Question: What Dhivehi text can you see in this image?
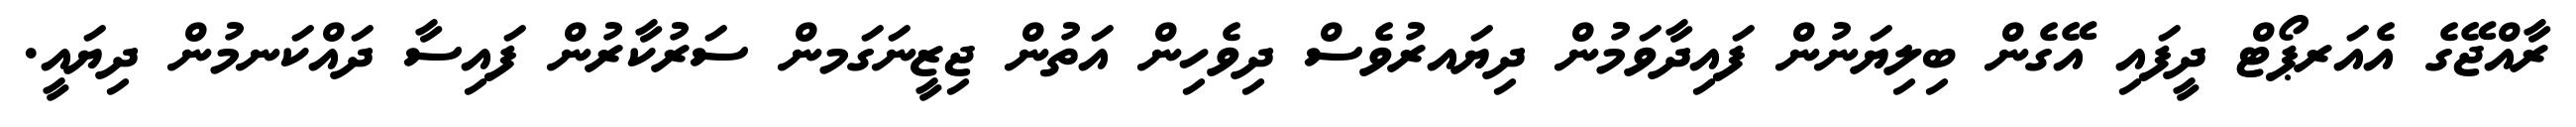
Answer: ރާއްޖޭގެ އެއަރޕޯޓް ދީފައި އޭގެން ބިލިޔަނުން ފައިދާވަމުން ދިޔައރުވެސް ދިވެހިން އަތުން ޖިޒީނަގަމން ސަރުކާރުން ފައިސާ ދައްކަނމުން ދިޔައީ.